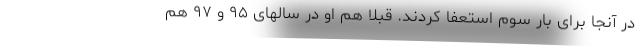
در آنجا برای بار سوم استعفا کردند. قبلا هم او در سالهای ۹۵ و ۹۷ هم